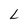
Character: L